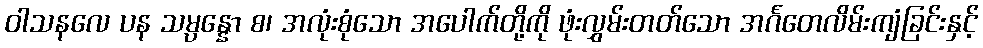
ဝါသနလေ ပန သမ္ပန္နော စ၊ အလုံးစုံသော အပေါက်တို့ကို ဖုံးလွှမ်းတတ်သော အင်္ဂတေလိမ်းကျံခြင်းနှင့်